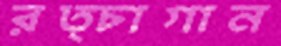
রত্চাগান